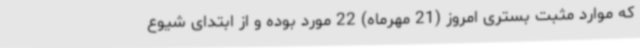
که موارد مثبت بستری امروز (21 مهرماه) 22 مورد بوده و از ابتدای شیوع